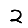
Digit: 2